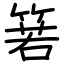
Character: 箬